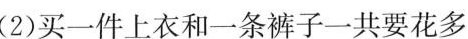
(2)买一件上衣和一条裤子一共要花多